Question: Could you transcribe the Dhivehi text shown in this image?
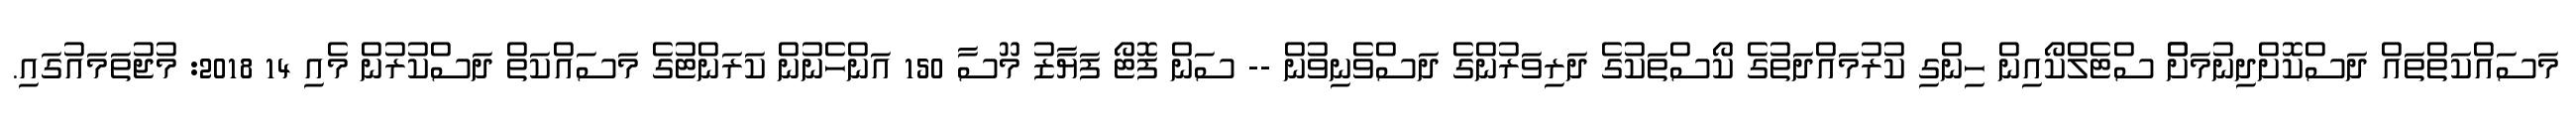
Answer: މަސައްކަތްތައް ދަސްކޮށްދިނުމަށްް ސްޓެލްކޯއިން ހިންގި ކުރުމައްދަތުގެ ކޯސްތަކުގެ ދަރިވަރުންގެ ދަސްވެނިވުން -- ސަން ފޮޓޯ ފަޔާޒު މޫސާ 150 އަންހެނުން ކަރަންޓުގެ މަސައްކަތް ދަސްކުރުން މެއި 14 2018: މުޖުތަމައުގައި.